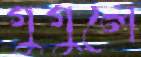
গুগুলে